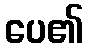
ပေ၏